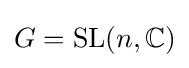
G=\mathrm {SL} (n,\mathbb {C} )